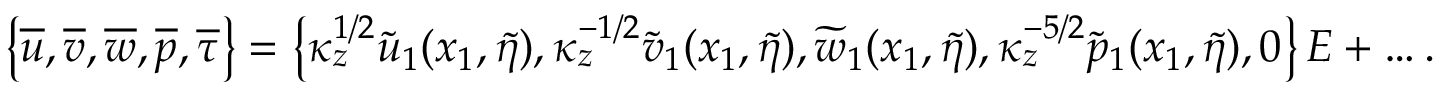
\left\lbrace \overline { { u } } , \overline { { v } } , \overline { { w } } , \overline { { p } } , \overline { { \tau } } \right\rbrace = \left\lbrace \kappa _ { z } ^ { 1 / 2 } \widetilde { u } _ { 1 } ( x _ { 1 } , \widetilde { \eta } ) , \kappa _ { z } ^ { - 1 / 2 } \widetilde { v } _ { 1 } ( x _ { 1 } , \widetilde { \eta } ) , \widetilde { w } _ { 1 } ( x _ { 1 } , \widetilde { \eta } ) , \kappa _ { z } ^ { - 5 / 2 } \widetilde { p } _ { 1 } ( x _ { 1 } , \widetilde { \eta } ) , 0 \right\rbrace E + \ldots .